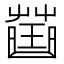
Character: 𧀍